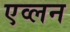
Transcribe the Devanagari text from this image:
एव्लन